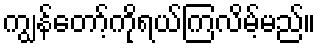
ကျွန်တော့်ကိုရယ်ကြလိမ့်မည်။